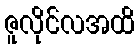
ဇူလိုင်လအထိ